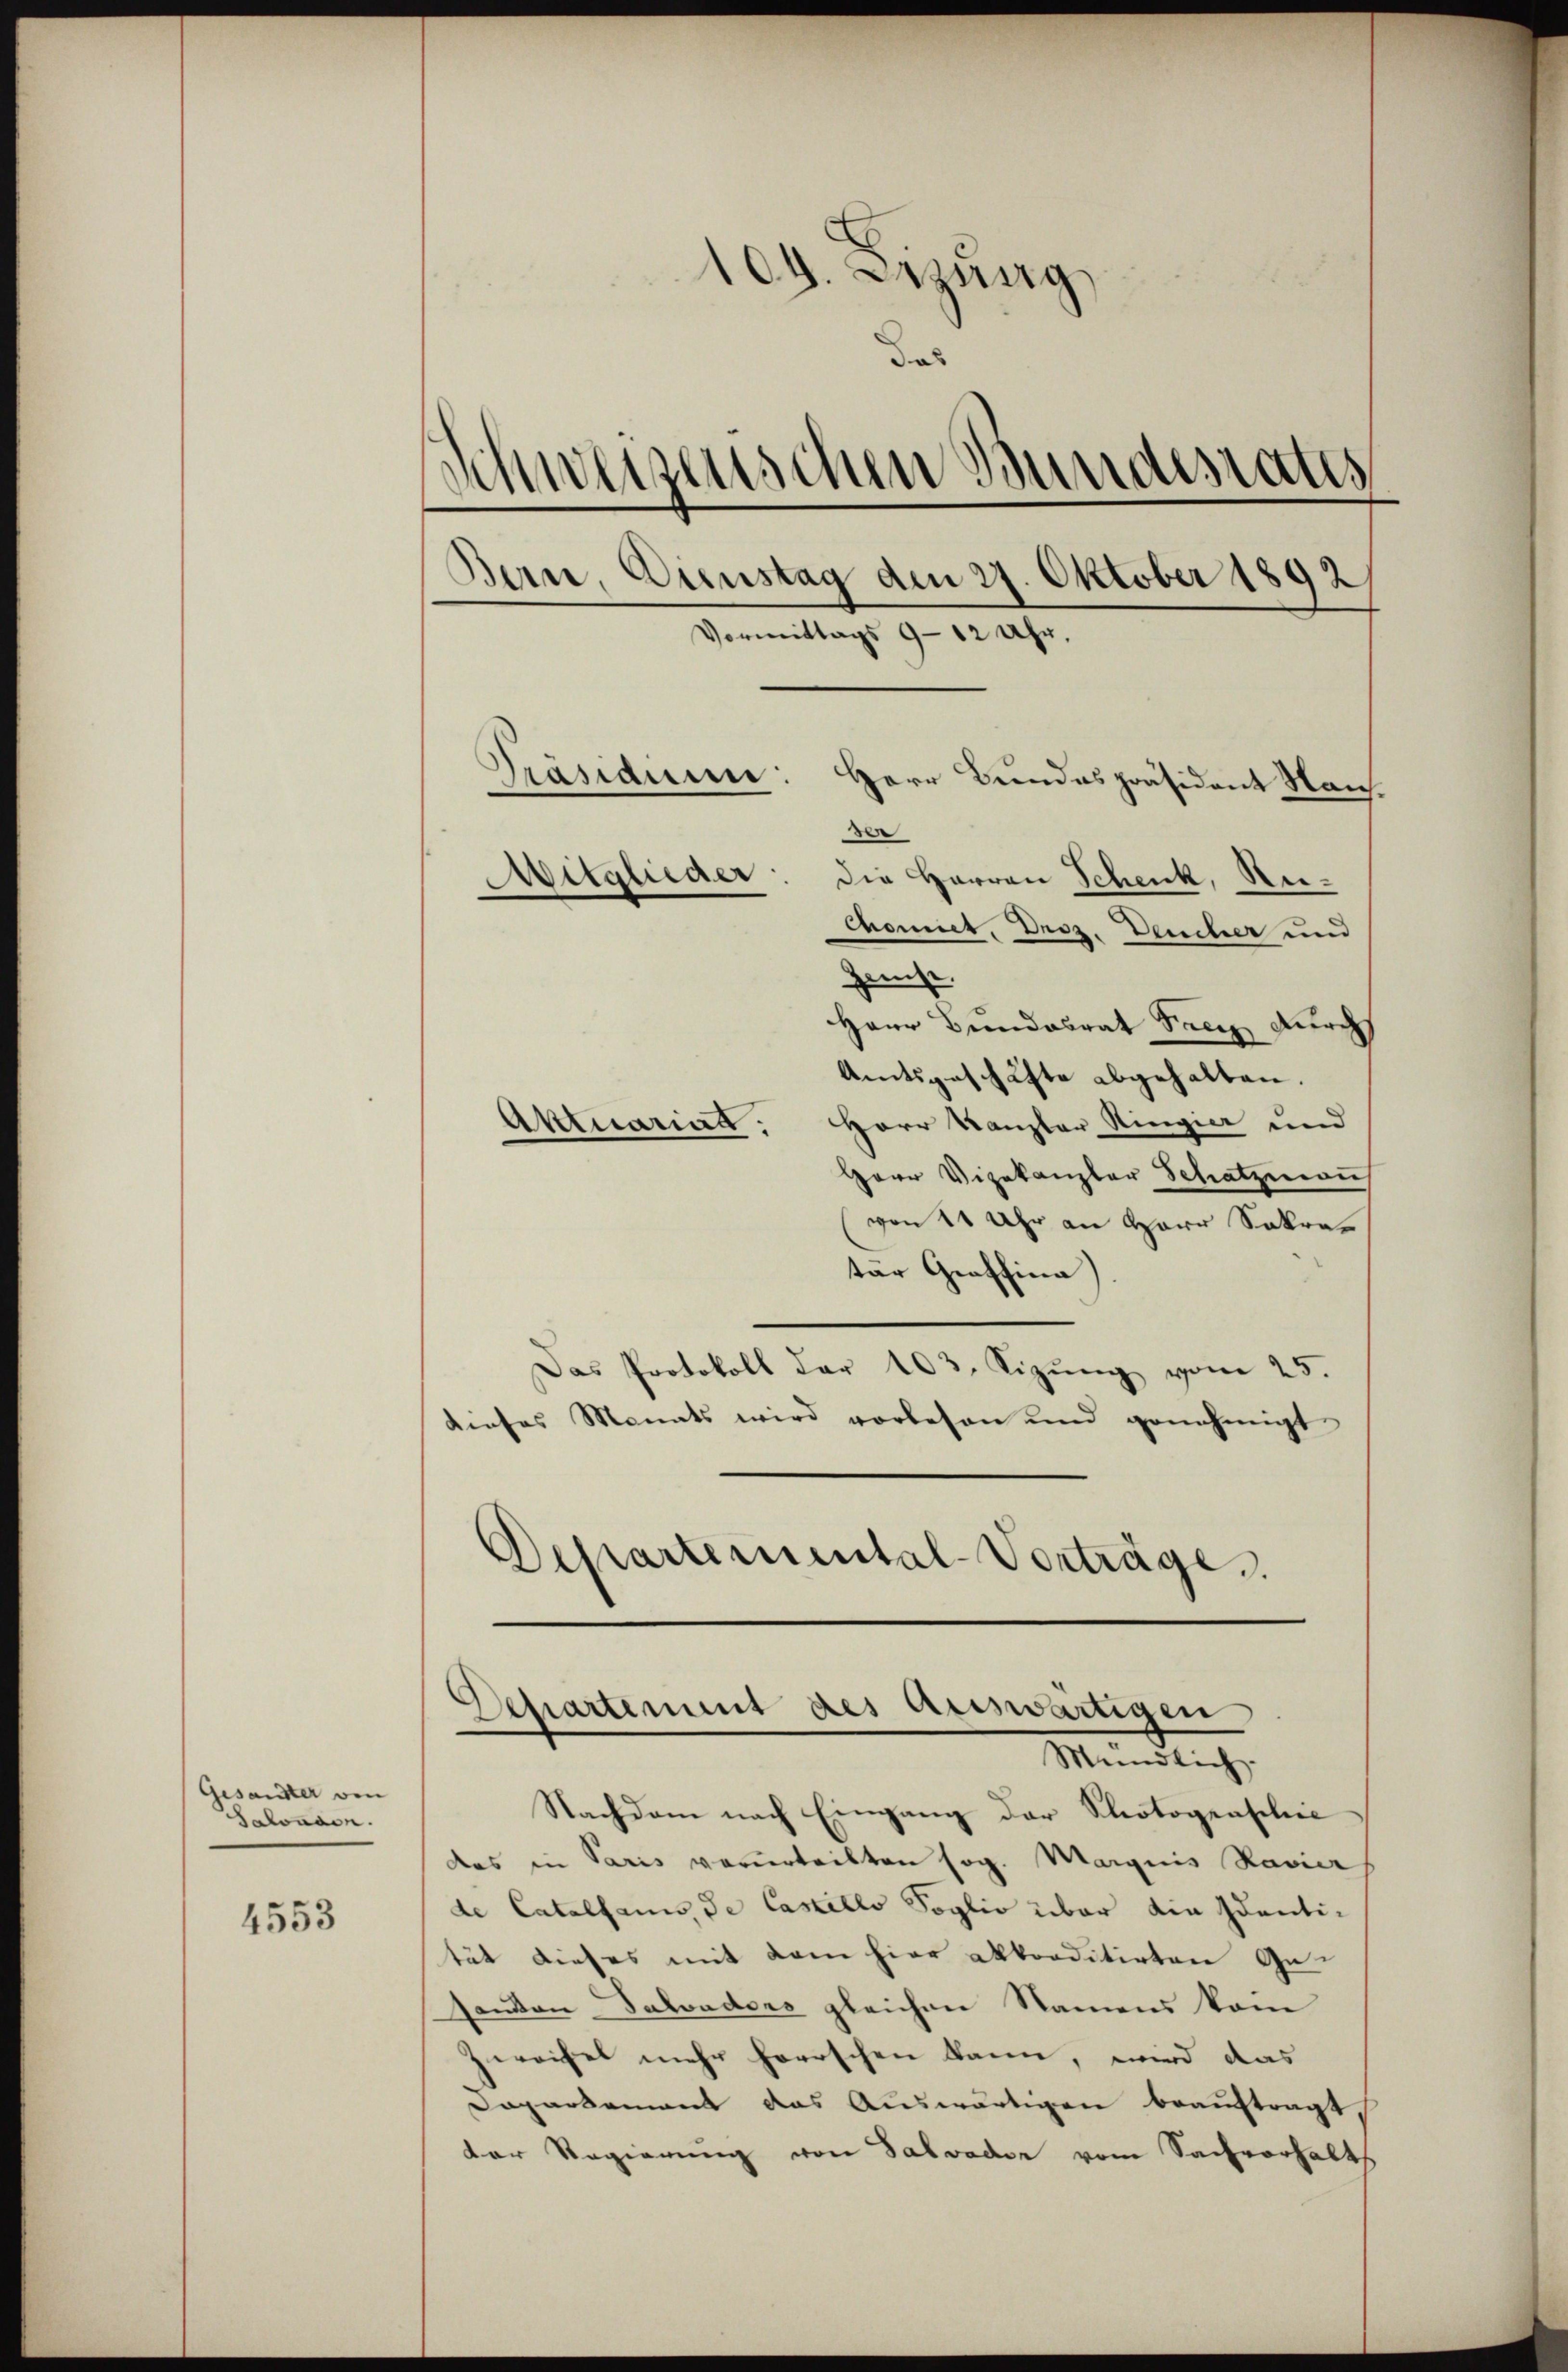
Gesandter den
Salonoon.

4553

104. Erzeug

das
Schweisenschen Bundesrates
Bern, Dienstag den 27. Oktober 1892
Vormittags 9 - 12 Uhr.
Präsidium: Herr Bundespräsident Nan.
en
Mitglieder
die Harren Schenk, Re¬
Choniet, Droz. Deucher und

Zast.
Haur Bundesrat Frey Durchs
Amtsgeschäfte abgehalten.
Aktuariat: Herr Kanzler Ringia und
Herr Vizekanzler Schatzmaus
von 11 Uhr an Herr Sekretär Graffina)
Das Protokoll der 103. Sizung vom 25.
dieses Monats wird vorlesen und genehmigt
Departemental-Vorträge

Departement des auswärtigen
Mündlich.

Nachdem nach Eingang der Photogenschrie
das in Paris verurteilten sog. Margins Ravier
de Catalhaus de Castello Soglio über die Identität dieses mit kam hier akkorditirten Gesandten Salonders gleichen Namens kom
Zweifel mehr herrschen kann, wird das
Dapartement das Auswärtigen beauftragt,
der Regierung von Salvader vom Sachverhalt